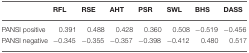
<table><thead><tr><td></td><td><b>RFL</b></td><td><b>RSE</b></td><td><b>AHT</b></td><td><b>PSR</b></td><td><b>SWL</b></td><td><b>BHS</b></td><td><b>DASS</b></td></tr></thead><tbody><tr><td>PANSI positive</td><td>0.391</td><td>0.488</td><td>0.428</td><td>0.360</td><td>0.508</td><td>−0.519</td><td>−0.456</td></tr><tr><td>PANSI negative</td><td>−0.345</td><td>−0.355</td><td>−0.357</td><td>−0.398</td><td>−0.412</td><td>0.480</td><td>0.517</td></tr></tbody></table>